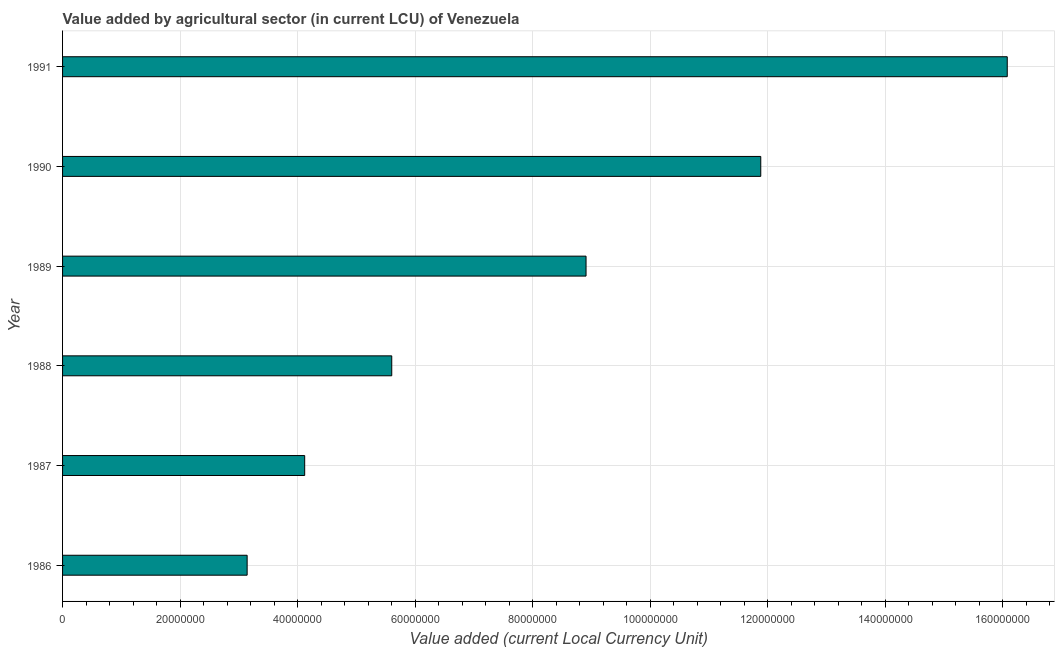
| Year | Agriculture |
 | --- | --- |
 | 1986 | 3.14e+07 |
 | 1987 | 4.12e+07 |
 | 1988 | 5.6e+07 |
 | 1989 | 8.91e+07 |
 | 1990 | 1.19e+08 |
 | 1991 | 1.61e+08 |